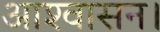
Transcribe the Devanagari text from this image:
आश्‍वासन।